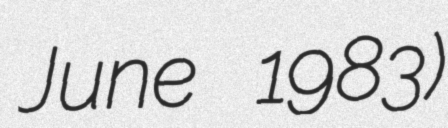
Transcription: June 1983)